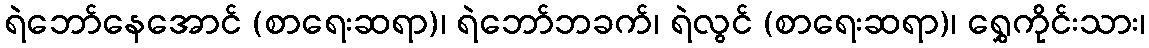
ရဲဘော်နေအောင် (စာရေးဆရာ)၊ ရဲဘော်ဘခက်၊ ရဲလွင် (စာရေးဆရာ)၊ ရွှေကိုင်းသား၊